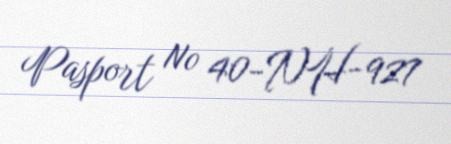
Pasport № 40-NH-927